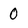
Character: 0